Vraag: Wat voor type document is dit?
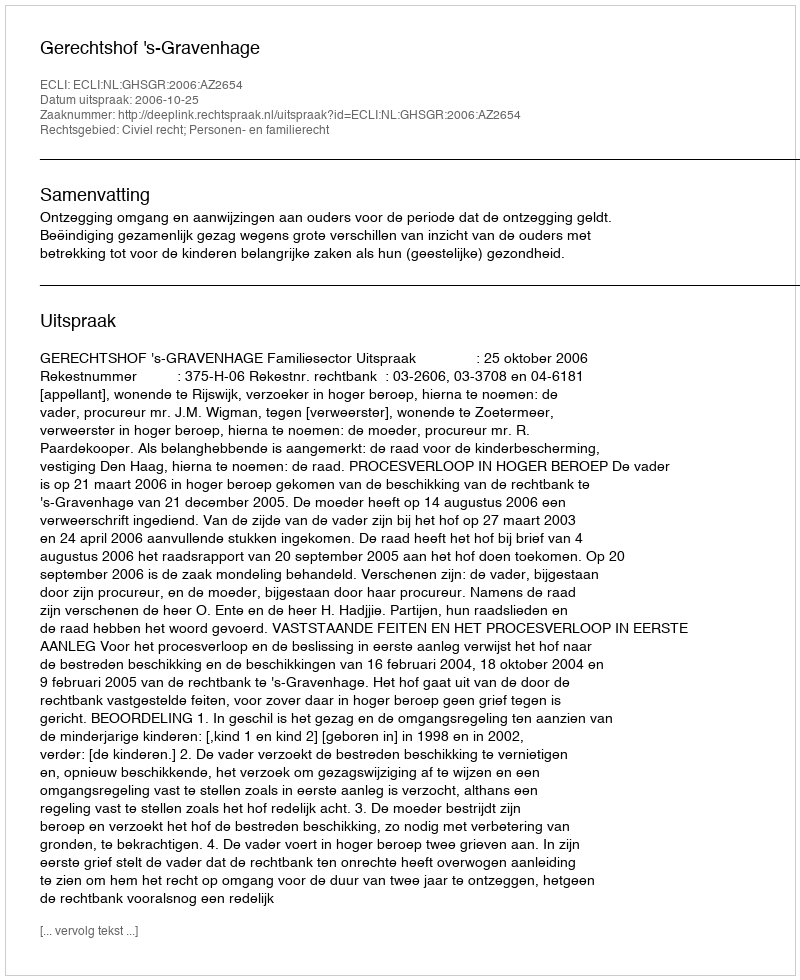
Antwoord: Uitspraak